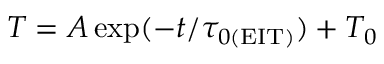
T = A \exp ( - t / \tau _ { 0 ( \mathrm { E I T } ) } ) + T _ { 0 }